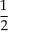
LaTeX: \frac { 1 } { 2 }